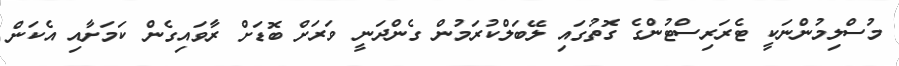
މުސްލިމުންނަކީ ޓެރަރިސްޓުންގެ ގޮތުގައި ލޭބަލްކުރަމުން ގެންދަނީ ވަރަށް ބޮޑަށް ރާވައިގެން ކަމަށާއި އެކަން